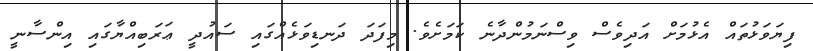
ފިޔަވަޅުތައް އެޅުމަށް އަދިވެސް ވިސްނަމުންދާނެ ކަމަށެވެ. މިފަދަ ދަނޑިވަޅެއްގައި ސައުދީ ޢަރަބިއްޔާގައި އިންސާނީ